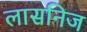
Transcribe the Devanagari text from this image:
लासनिज